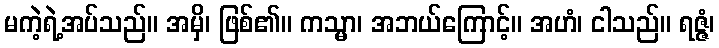
မကဲ့ရဲ့အပ်သည်။ အမှိ၊ ဖြစ်၏။ ကသ္မာ၊ အဘယ်ကြောင့်။ အဟံ၊ ငါသည်။ ရဇ္ဇံ၊